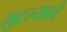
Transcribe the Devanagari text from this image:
सुटल्याचे